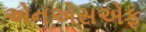
એનએસએફ